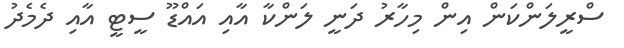
ސްރީލަންކަން އިން މިހާރު ދަނީ ލަންކާ އާއި އައްޑޫ ސީޓީ އާއި ދެމެދު